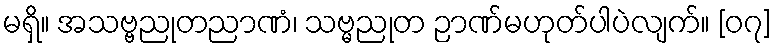
မရှိ။ အသဗ္ဗညုတညာဏံ၊ သဗ္မညုတ ဉာဏ်မဟုတ်ပါပဲလျက်။ [၀၇]